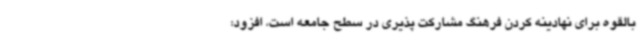
بالقوه برای نهادینه کردن فرهنگ مشارکت پذیری در سطح جامعه است، افزود: